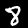
Label: 8